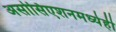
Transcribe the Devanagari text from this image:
असोसिएशनमध्येही